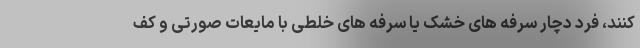
کنند، فرد دچار سرفه های خشک یا سرفه های خلطی با مایعات صورتی و کف